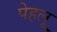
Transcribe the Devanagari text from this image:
पेहलू